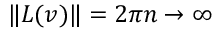
\| L ( v ) \| = 2 \pi n \to \infty